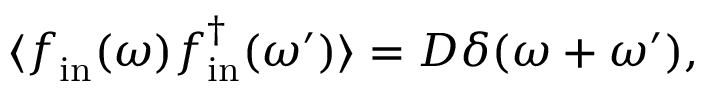
\langle \boldsymbol { f } _ { \mathrm { i n } } ( \omega ) \boldsymbol { f } _ { \mathrm { i n } } ^ { \dagger } ( \omega ^ { \prime } ) \rangle = D \delta ( \omega + \omega ^ { \prime } ) ,